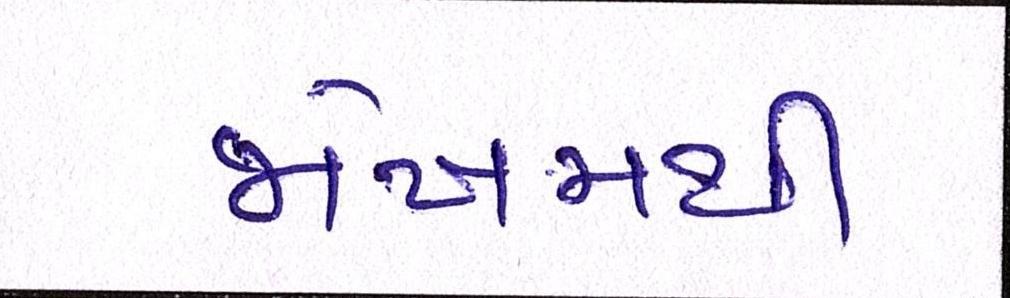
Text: જોખમથી